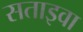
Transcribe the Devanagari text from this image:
सताइवा